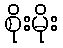
စိုးမိုး